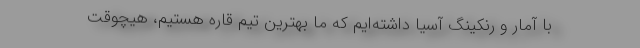
با آمار و رنکینگ آسیا داشته‌ایم که ما بهترین تیم قاره هستیم، هیچوقت